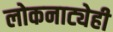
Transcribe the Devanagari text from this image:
लोकनाट्येही